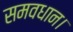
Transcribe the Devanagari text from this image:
समवधान।